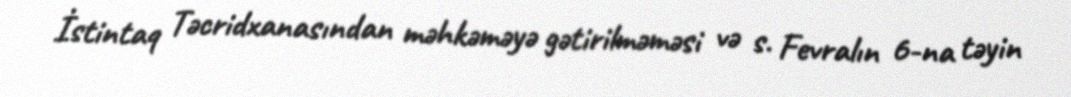
İstintaq Təcridxanasından məhkəməyə gətirilməməsi və s. Fevralın 6-na təyin